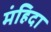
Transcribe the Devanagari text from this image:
मंहिदा